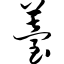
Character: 苔